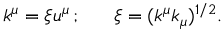
k ^ { \mu } = \xi u ^ { \mu } \, ; \; \; \; \; \; \; \xi = ( k ^ { \mu } k _ { \mu } ) ^ { 1 / 2 } .